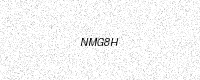
Text: NMG8H